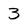
Character: 3